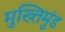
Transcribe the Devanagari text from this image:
मुख्तिमुंड